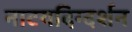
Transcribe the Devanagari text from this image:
नाटयदिग्दर्शन